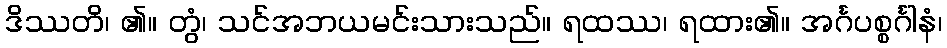
ဒိဿတိ၊ ၏။ တွံ၊ သင်အဘယမင်းသားသည်။ ရထဿ၊ ရထား၏။ အင်္ဂပစ္စင်္ဂါနံ၊